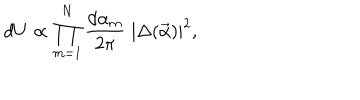
d U \propto \prod _ { m = 1 } ^ { N } \frac { d \alpha _ { m } } { 2 \pi } \; | \Delta ( \vec { \alpha } ) | ^ { 2 } ,